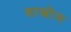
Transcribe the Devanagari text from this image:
शास्त्रीञ